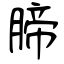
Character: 腣